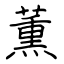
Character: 薫